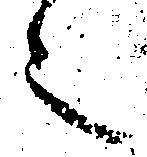
之